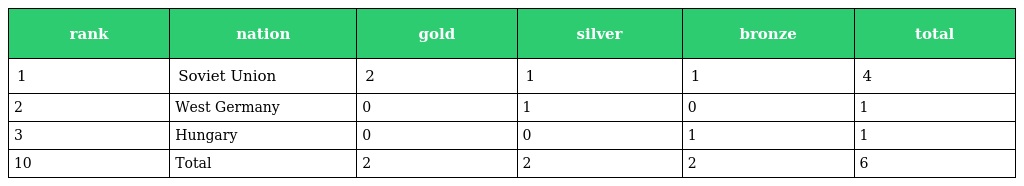
| rank | nation | gold | silver | bronze | total |
 | --- | --- | --- | --- | --- | --- |
 | 1 | Soviet Union | 2 | 1 | 1 | 4 |
 | 2 | West Germany | 0 | 1 | 0 | 1 |
 | 3 | Hungary | 0 | 0 | 1 | 1 |
 | 10 | Total | 2 | 2 | 2 | 6 |